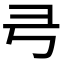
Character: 𢎝